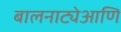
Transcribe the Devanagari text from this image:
बालनाट्येआणि